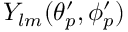
Y _ { l m } ( \theta _ { p } ^ { \prime } , \phi _ { p } ^ { \prime } )